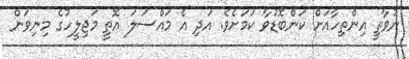
ނުވާތީ އިންތިހާއަށް ކަންބޮޑުވާ ކަމަށެވެ. އަދި އެ މައްސަލަ އޮތީ މަޖިލީހުގެ މިނިވަން